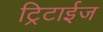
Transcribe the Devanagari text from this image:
ट्रिटाईज